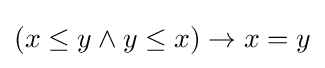
(x\leq y\land y\leq x)\to x=y